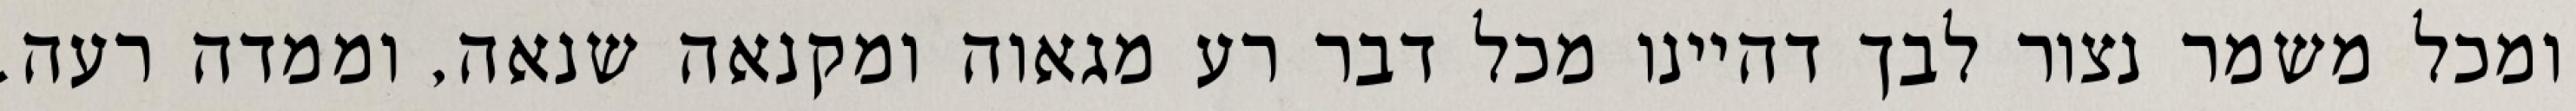
ומכל משמר נצור לבך דהיינו מכל דבר רע מגאוה ומקנאה שנאה, וממדה רעה.